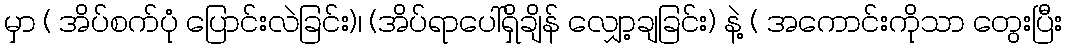
မှာ ( အိပ်စက်ပုံ ပြောင်းလဲခြင်း)၊ (အိပ်ရာပေါ်ရှိချိန် လျှော့ချခြင်း) နဲ့ ( အကောင်းကိုသာ တွေးပြီး